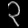
Digit: ၃